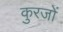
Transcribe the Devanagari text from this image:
कुरजों